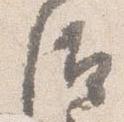
后